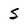
Character: S